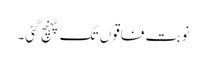
نوبت فاقوں تک پہنچ گئی۔